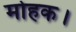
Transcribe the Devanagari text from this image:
मोहक।